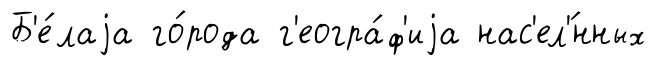
Б'е́лаjа го́рода г'еогра́ф'иjа нас'ел'́нных